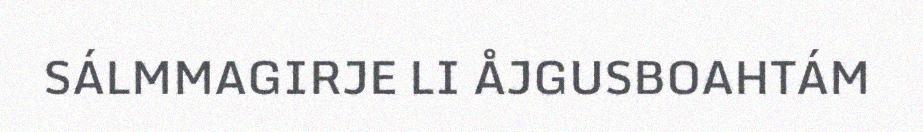
SÁLMMAGIRJE LI ÅJGUSBOAHTÁM